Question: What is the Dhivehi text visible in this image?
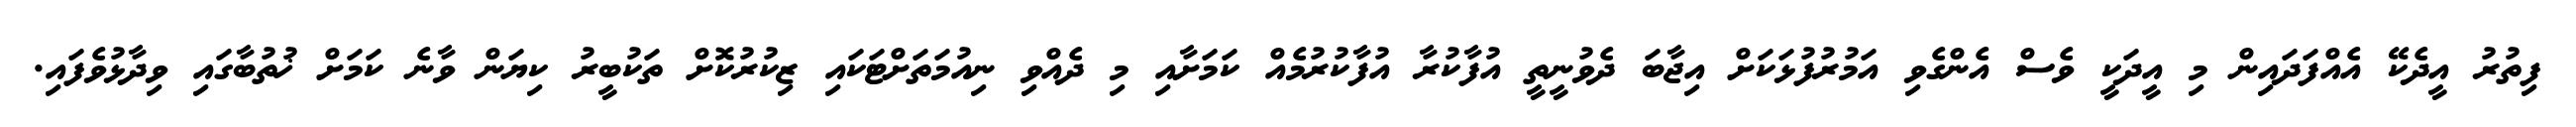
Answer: ފިތުރު އީދެކޭ އެއްފަދައިން މި އީދަކީ ވެސް އެންގެވި އަމުރުފުޅަކަށް އިޖާބަ ދެވުނީތީ އުފާކުރާ އުފާކުރުމެއް ކަމަށާއި މި ދެއްވި ނިއުމަތަށްޓަކައި ޒިކުރުކޮށް ތަކުބީރު ކިޔަން ވާނެ ކަމަށް ޚުތުބާގައި ވިދާޅުވެފައި.